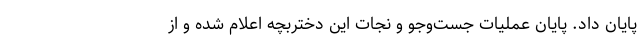
پایان داد. پایان عملیات جست‌وجو و نجات این دختربچه اعلام شده و از